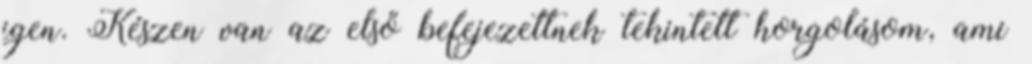
igen. Készen van az első befejezettnek tekintett horgolásom, ami